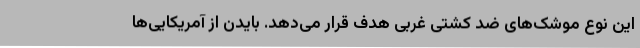
این نوع موشک‌های ضد کشتی غربی هدف قرار می‌دهد. بایدن از آمریکایی‌ها